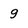
Character: 9